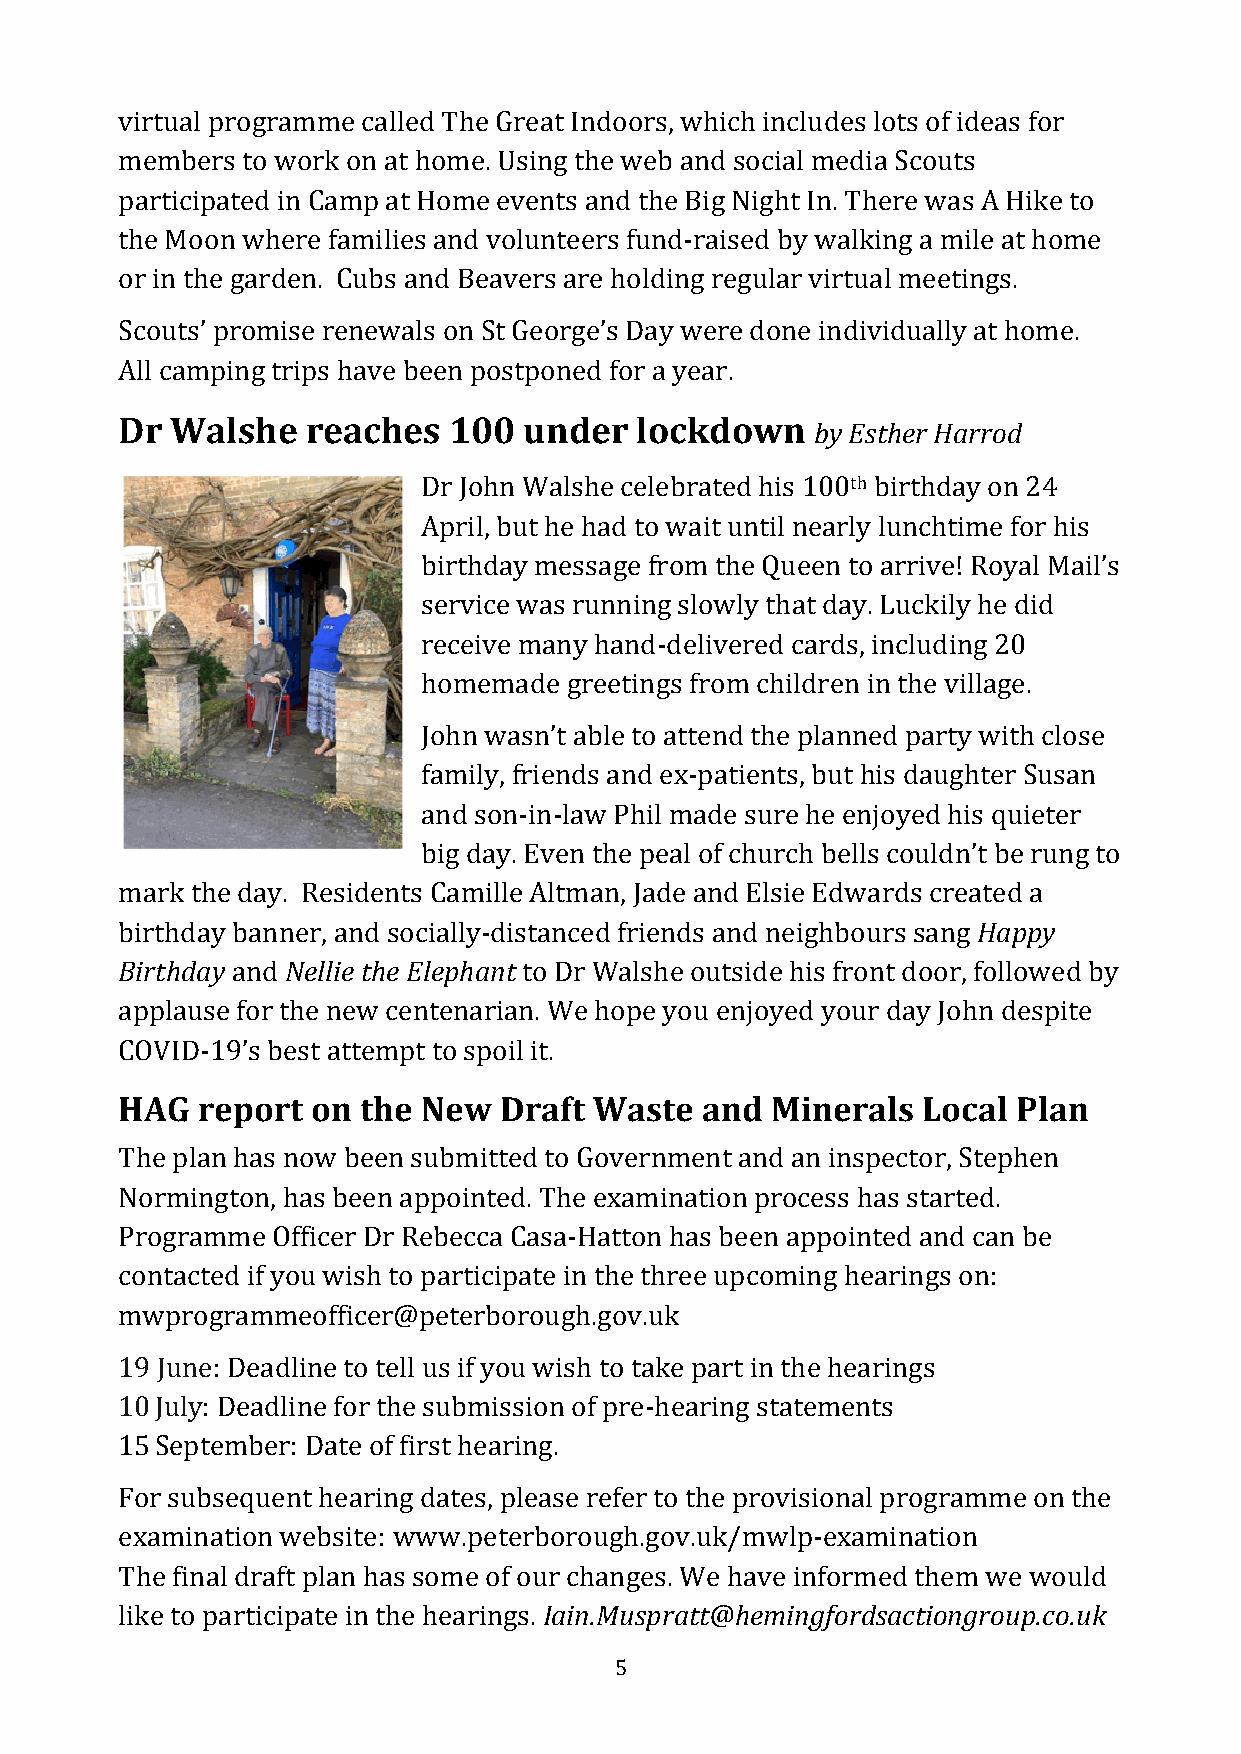
virtual programme called The Great Indoors, which includes lots of ideas for
 members to work on at home. Using the web and social media Scouts
 participated in Camp at Home events and the Big Night In. There was A Hike to
 the Moon where families and volunteers fund-raised by walking a mile at home
 or in the garden. Cubs and Beavers are holding regular virtual meetings.
 Scouts’ promise renewals on St George’s Day were done individually at home.
 All camping trips have been postponed for a year.
 Dr Walshe   reaches   100  under  lockdown
 by Esther Harrod
 Dr John Walshe celebrated his 100th birthday on 24
 April, but he had to wait until nearly lunchtime for his
 birthday message from the Queen to arrive! Royal Mail’s
 service was running slowly that day. Luckily he did
 receive many hand-delivered cards, including 20
 homemade greetings from children in the village.
 John wasn’t able to attend the planned party with close
 family, friends and ex-patients, but his daughter Susan
 and son-in-law Phil made sure he enjoyed his quieter
 big day. Even the peal of church bells couldn’t be rung to
 mark the day. Residents Camille Altman, Jade and Elsie Edwards created a
 birthday banner, and socially-distanced friends and neighbours sang Happy
 Birthday and Nellie the Elephant to Dr Walshe outside his front door, followed by
 applause for the new centenarian. We hope you enjoyed your day John despite
 COVID-19’s best attempt to spoil it.
 HAG  report  on the New  Draft Waste  and  Minerals  Local Plan
 The plan has now been submitted to Government and an inspector, Stephen
 Normington, has been appointed. The examination process has started.
 Programme Officer Dr Rebecca Casa-Hatton has been appointed and can be
 contacted if you wish to participate in the three upcoming hearings on:
 mwprogrammeofficer@peterborough.gov.uk
 19 June: Deadline to tell us if you wish to take part in the hearings
 10 July: Deadline for the submission of pre-hearing statements
 15 September: Date of first hearing.
 For subsequent hearing dates, please refer to the provisional programme on the
 examination website: www.peterborough.gov.uk/mwlp-examination
 The final draft plan has some of our changes. We have informed them we would
 like to participate in the hearings. Iain.Muspratt@hemingfordsactiongroup.co.uk
 5